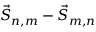
\vec { S } _ { n , m } - \vec { S } _ { m , n }